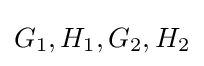
G_{1},H_{1},G_{2},H_{2}